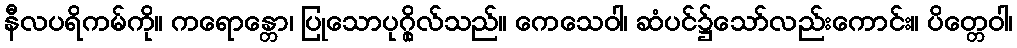
နီလပရိကမ်ကို။ ကရောန္တော၊ ပြုသောပုဂ္ဂိုလ်သည်။ ကေသေဝါ၊ ဆံပင်၌သော်လည်းကောင်း။ ပိတ္တေဝါ၊